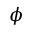
\phi